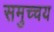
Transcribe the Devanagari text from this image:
समुच्‍चय